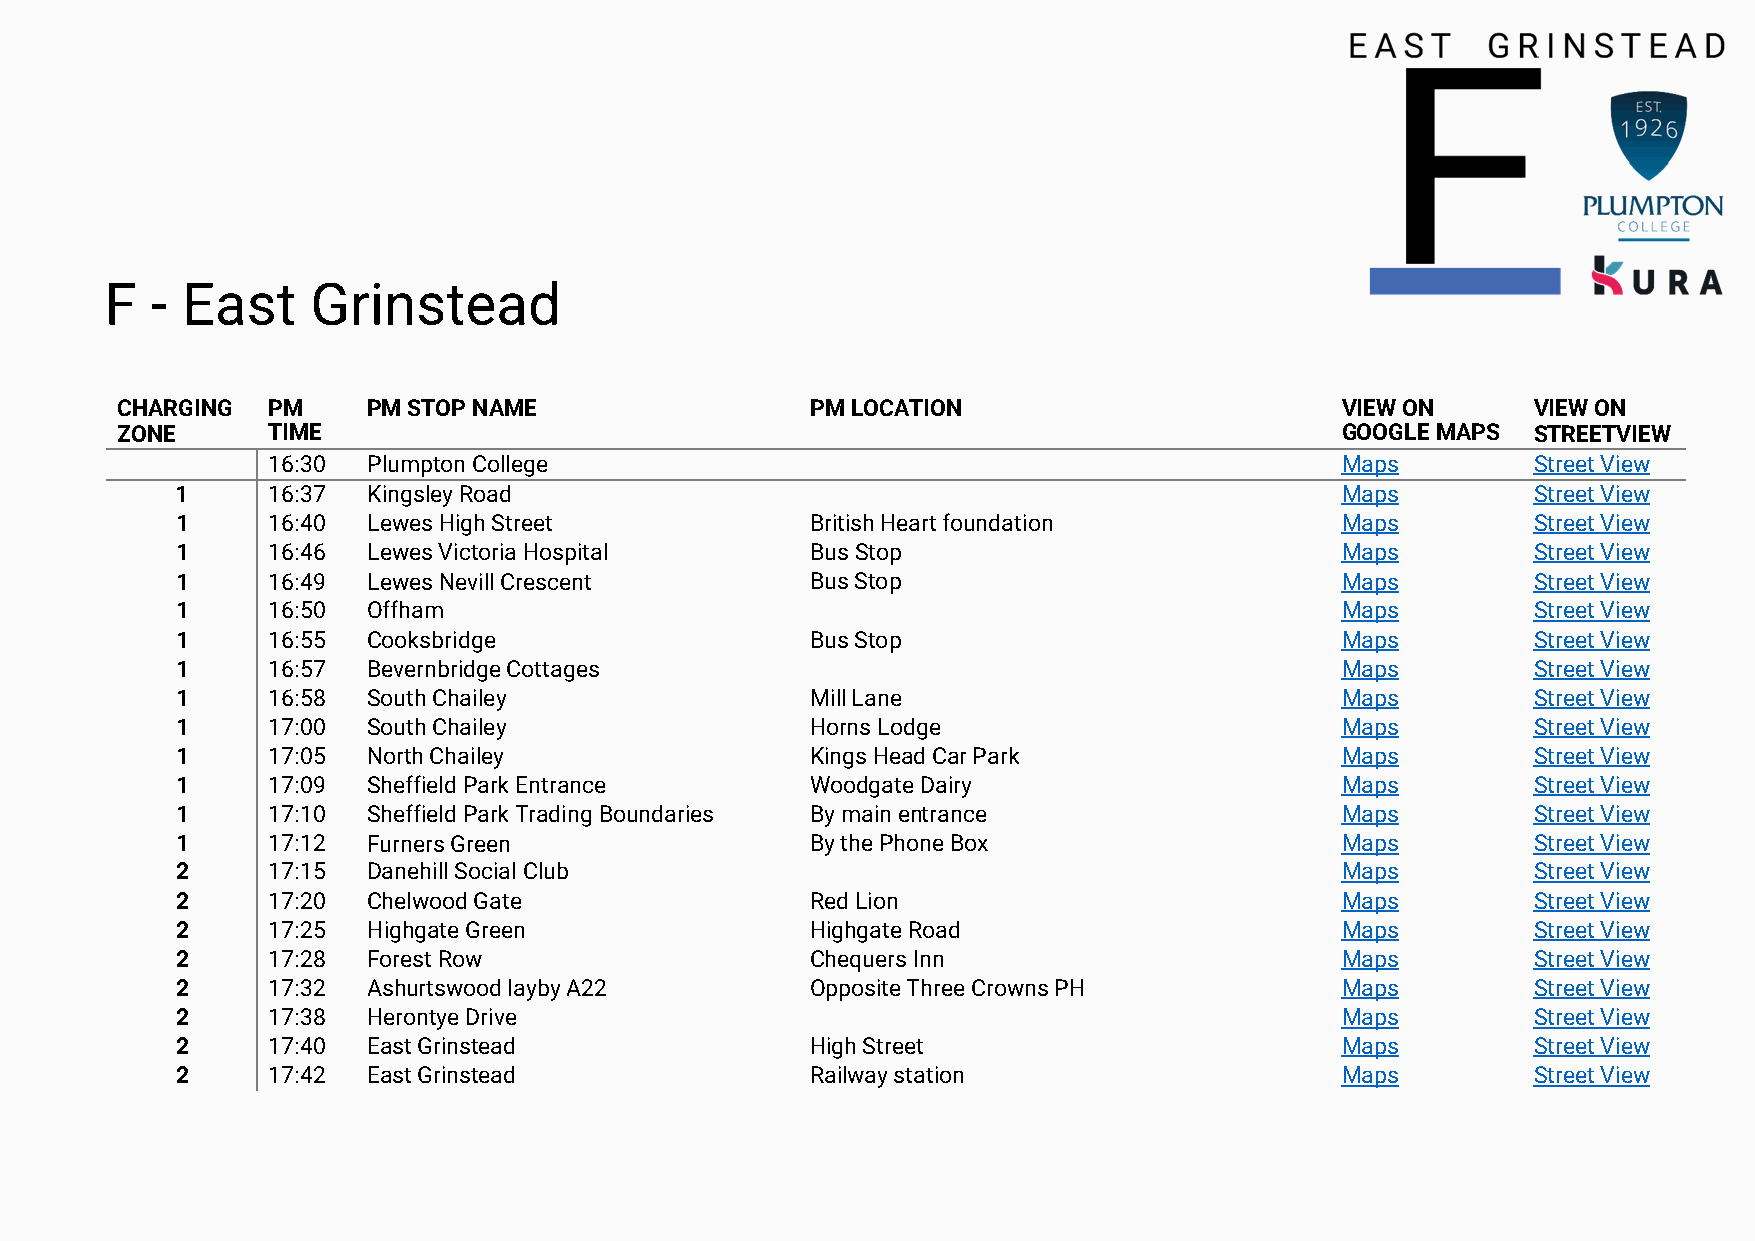
F  - East     Grinstead
 CHARGING  PM    PM STOP NAME                  PM LOCATION                        VIEW ON      VIEW ON
 ZONE      TIME                                                                   GOOGLE MAPS  STREETVIEW
 16:30 Plumpton College                                                 Maps         Street View
 1     16:37 Kingsley Road                                                    Maps         Street View
 1     16:40 Lewes High Street             British Heart foundation           Maps         Street View
 1     16:46 Lewes Victoria Hospital       Bus Stop                           Maps         Street View
 1     16:49 Lewes Nevill Crescent         Bus Stop                           Maps         Street View
 1     16:50 Offham                                                           Maps         Street View
 1     16:55 Cooksbridge                   Bus Stop                           Maps         Street View
 1     16:57 Bevernbridge Cottages                                            Maps         Street View
 1     16:58 South Chailey                 Mill Lane                          Maps         Street View
 1     17:00 South Chailey                 Horns Lodge                        Maps         Street View
 1     17:05 North Chailey                 Kings Head Car Park                Maps         Street View
 1     17:09 Sheffield Park Entrance       Woodgate Dairy                     Maps         Street View
 1     17:10 Sheffield Park Trading Boundaries By main entrance               Maps         Street View
 1     17:12 Furners Green                 By the Phone Box                   Maps         Street View
 2     17:15 Danehill Social Club                                             Maps         Street View
 2     17:20 Chelwood Gate                 Red Lion                           Maps         Street View
 2     17:25 Highgate Green                Highgate Road                      Maps         Street View
 2     17:28 Forest Row                    Chequers Inn                       Maps         Street View
 2     17:32 Ashurtswood layby A22         Opposite Three Crowns PH           Maps         Street View
 2     17:38 Herontye Drive                                                   Maps         Street View
 2     17:40 East Grinstead                High Street                        Maps         Street View
 2     17:42 East Grinstead                Railway station                    Maps         Street View